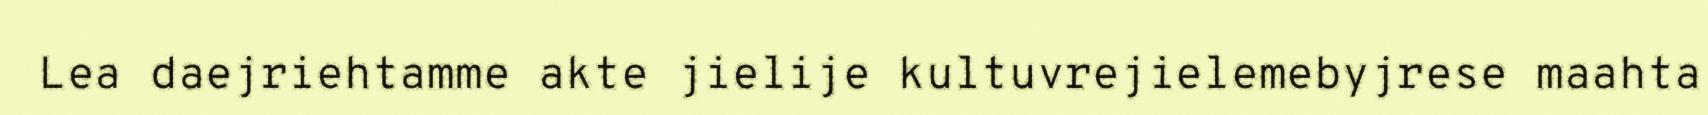
Lea daejriehtamme akte jielije kultuvrejielemebyjrese maahta